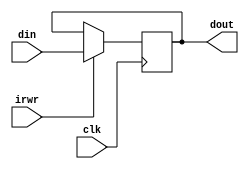
`timescale 1ns / 1ps
//////////////////////////////////////////////////////////////////////////////////
// Company: 
// Engineer: 
// 
// Design Name: 
// Module Name: ir
// Project Name: 
// Target Devices: 
// Tool Versions: 
// Description: 
// 
// Dependencies: 
// 
// Revision:
// Revision 0.01 - File Created
// Additional Comments:
// 
//////////////////////////////////////////////////////////////////////////////////


module ir(
    input clk,
    input irwr,
    input [31:0] din,
    output reg [31:0] dout
    );
    always@(posedge clk)
    begin
        if(irwr)
            dout = din;
    end
endmodule